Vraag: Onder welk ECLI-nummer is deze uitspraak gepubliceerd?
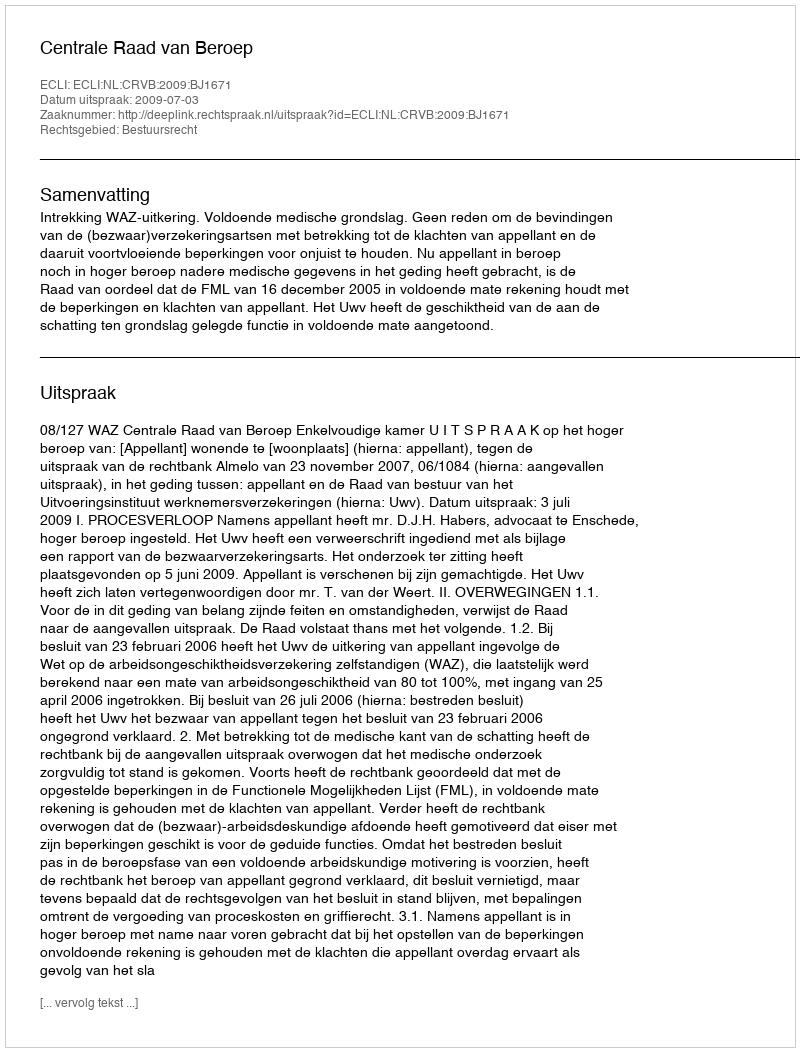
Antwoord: ECLI:NL:CRVB:2009:BJ1671